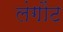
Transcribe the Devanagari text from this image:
लंगोंट